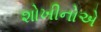
શોખીનોએ